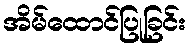
အိမ်ထောင်ပြုခြင်း